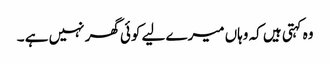
وہ کہتی ہیں کہ وہاں میرے لیے کوئی گھر نہیں ہے ۔